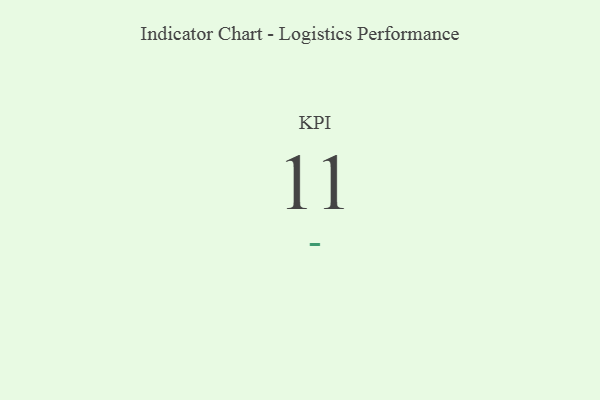
{"axis": {"x": "KPI", "y": "Value"}, "legend": [""], "data": [{"x": "KPI", "y": 11, "type": ""}]}